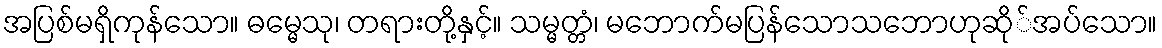
အပြစ်မရှိကုန်သော။ ဓမ္မေသု၊ တရားတို့နှင့်။ သမ္မတ္တံ၊ မဘောက်မပြန်သောသဘောဟုဆို်အပ်သော။